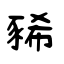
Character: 豨